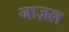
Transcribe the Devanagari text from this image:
नाज़ल